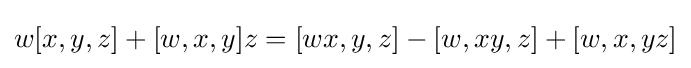
w[x,y,z]+[w,x,y]z=[wx,y,z]-[w,xy,z]+[w,x,yz]